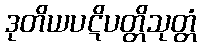
ဒုတိယပဋိပတ္တိသုတ္တံ